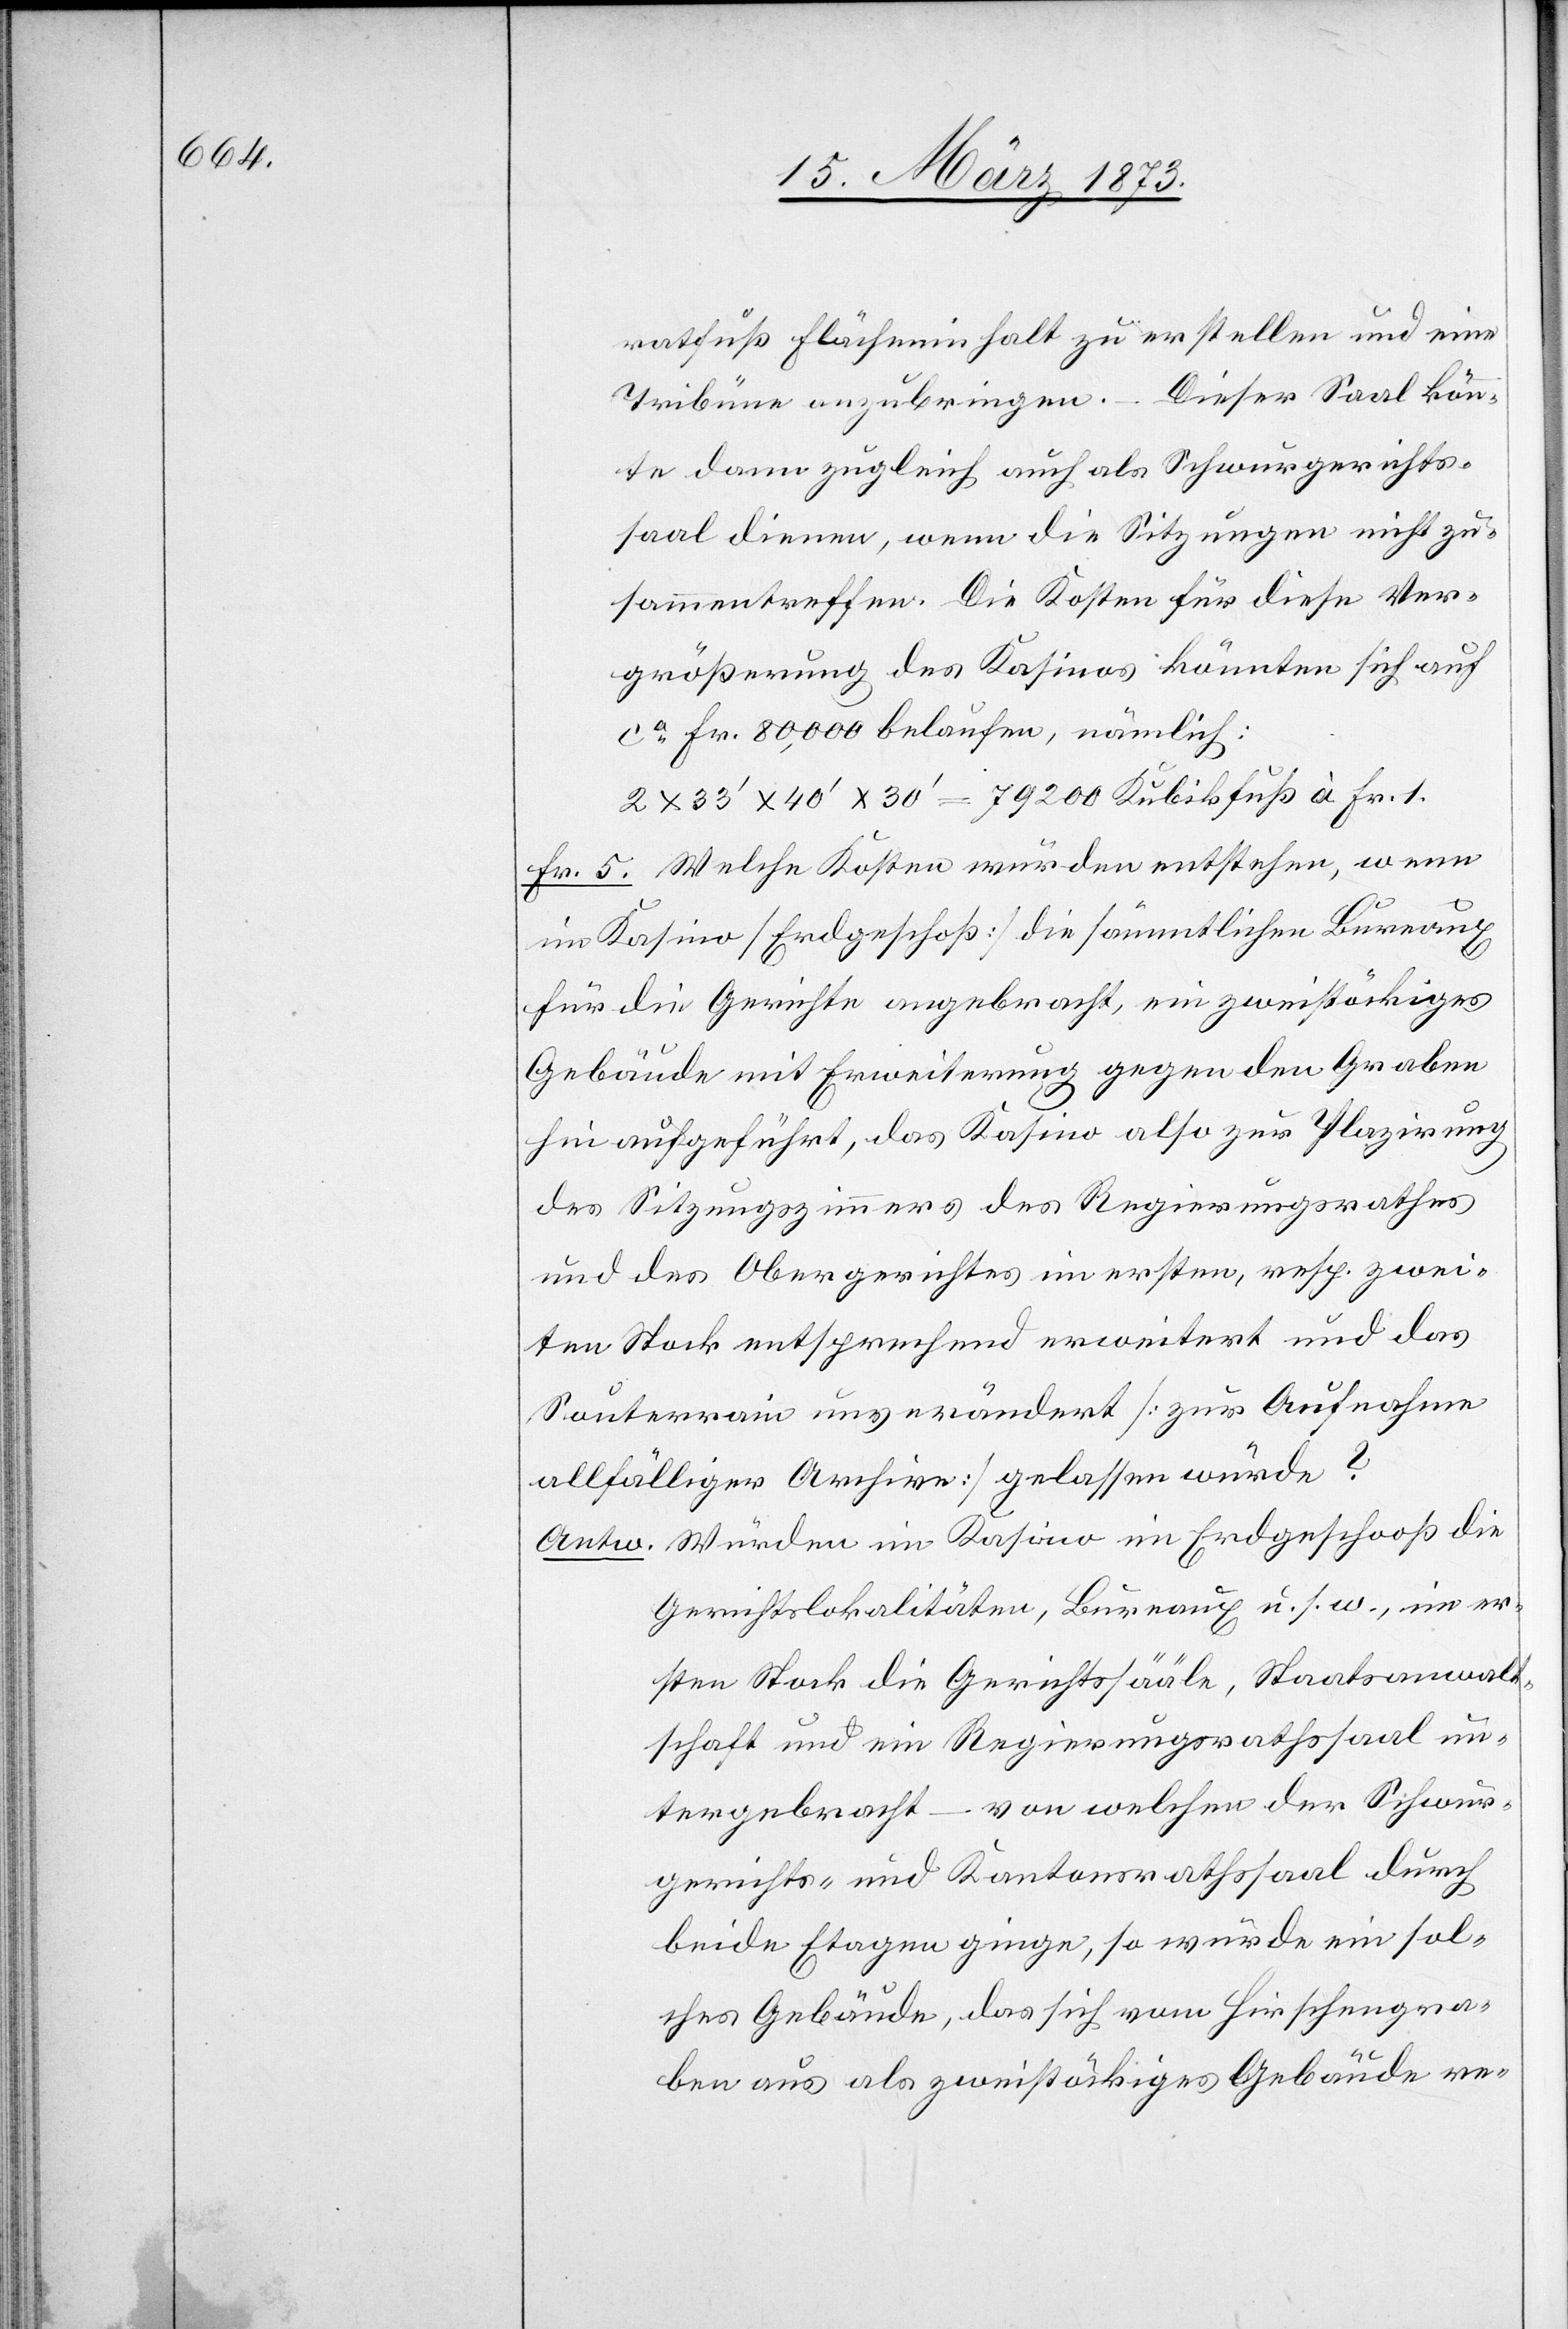
ratfuß Flächeninhalt zu erstellen und eine
Tribüne anzubringen. – Dieser Saal könn¬
te dann zugleich auch als Schwurgerichts¬
saal dienen, wenn die Sitzungen nicht zu¬
sammentreffen. Die Kosten für diese Ver¬
größerung des Kasinos könnten sich auf
ca Fr. 80,000 belaufen, nämlich:
2 x 33’ x 40’ x 30’ = 79200 Kubikfuß à Fr. 1.
Fr. 5. Welche Kosten würden entstehen, wenn
im Kasino [Erdgeschoß] die sämmtlichen Bureaux
für die Gerichte angebracht, ein zweistöckiges
Gebäude mit Erweiterung gegen den Graben
hin aufgeführt, das Kasino also zur Plazirung
des Sitzungszimmers des Regierungsrathes
und des Obergerichtes im ersten, resp. zwei¬
ten Stock entsprechend erweitert und das
Souterrain unverändert [zur Aufnahme
allfälliger Archive] gelassen würde?
Antw. Würden im Kasino im Erdgeschooß die
Gerichtslokalitäten, Bureaux u. s. w., im er¬
sten Stock die Gerichtssääle, Staatsanwalt¬
schaft und ein Regierungsrathssaal un¬
tergebracht – von welchen der Schwur¬
gerichts- und Kantonsrathssaal durch
beide Etagen ginge, so würde ein sol¬
ches Gebäude, das sich vom Hirschengra¬
ben aus als zweistöckiges Gebäude re-